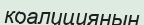
коалицияның